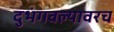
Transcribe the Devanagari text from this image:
दुभंगवल्यावरच